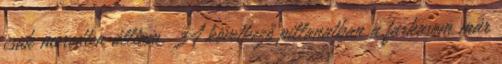
csak meredten álltam. A következő pillanatban a farkasom már